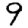
Digit: 9